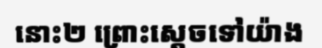
នោះ២ ព្រោះស្តេចទៅយ៉ាង